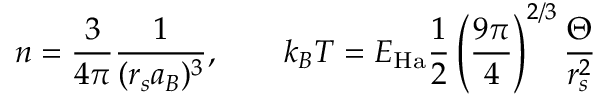
n = \frac { 3 } { 4 \pi } \frac { 1 } { ( r _ { s } a _ { B } ) ^ { 3 } } , \qquad k _ { B } T = E _ { \mathrm { H a } } \frac { 1 } { 2 } \left( \frac { 9 \pi } { 4 } \right) ^ { 2 / 3 } \frac { \Theta } { r _ { s } ^ { 2 } }